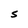
Character: S